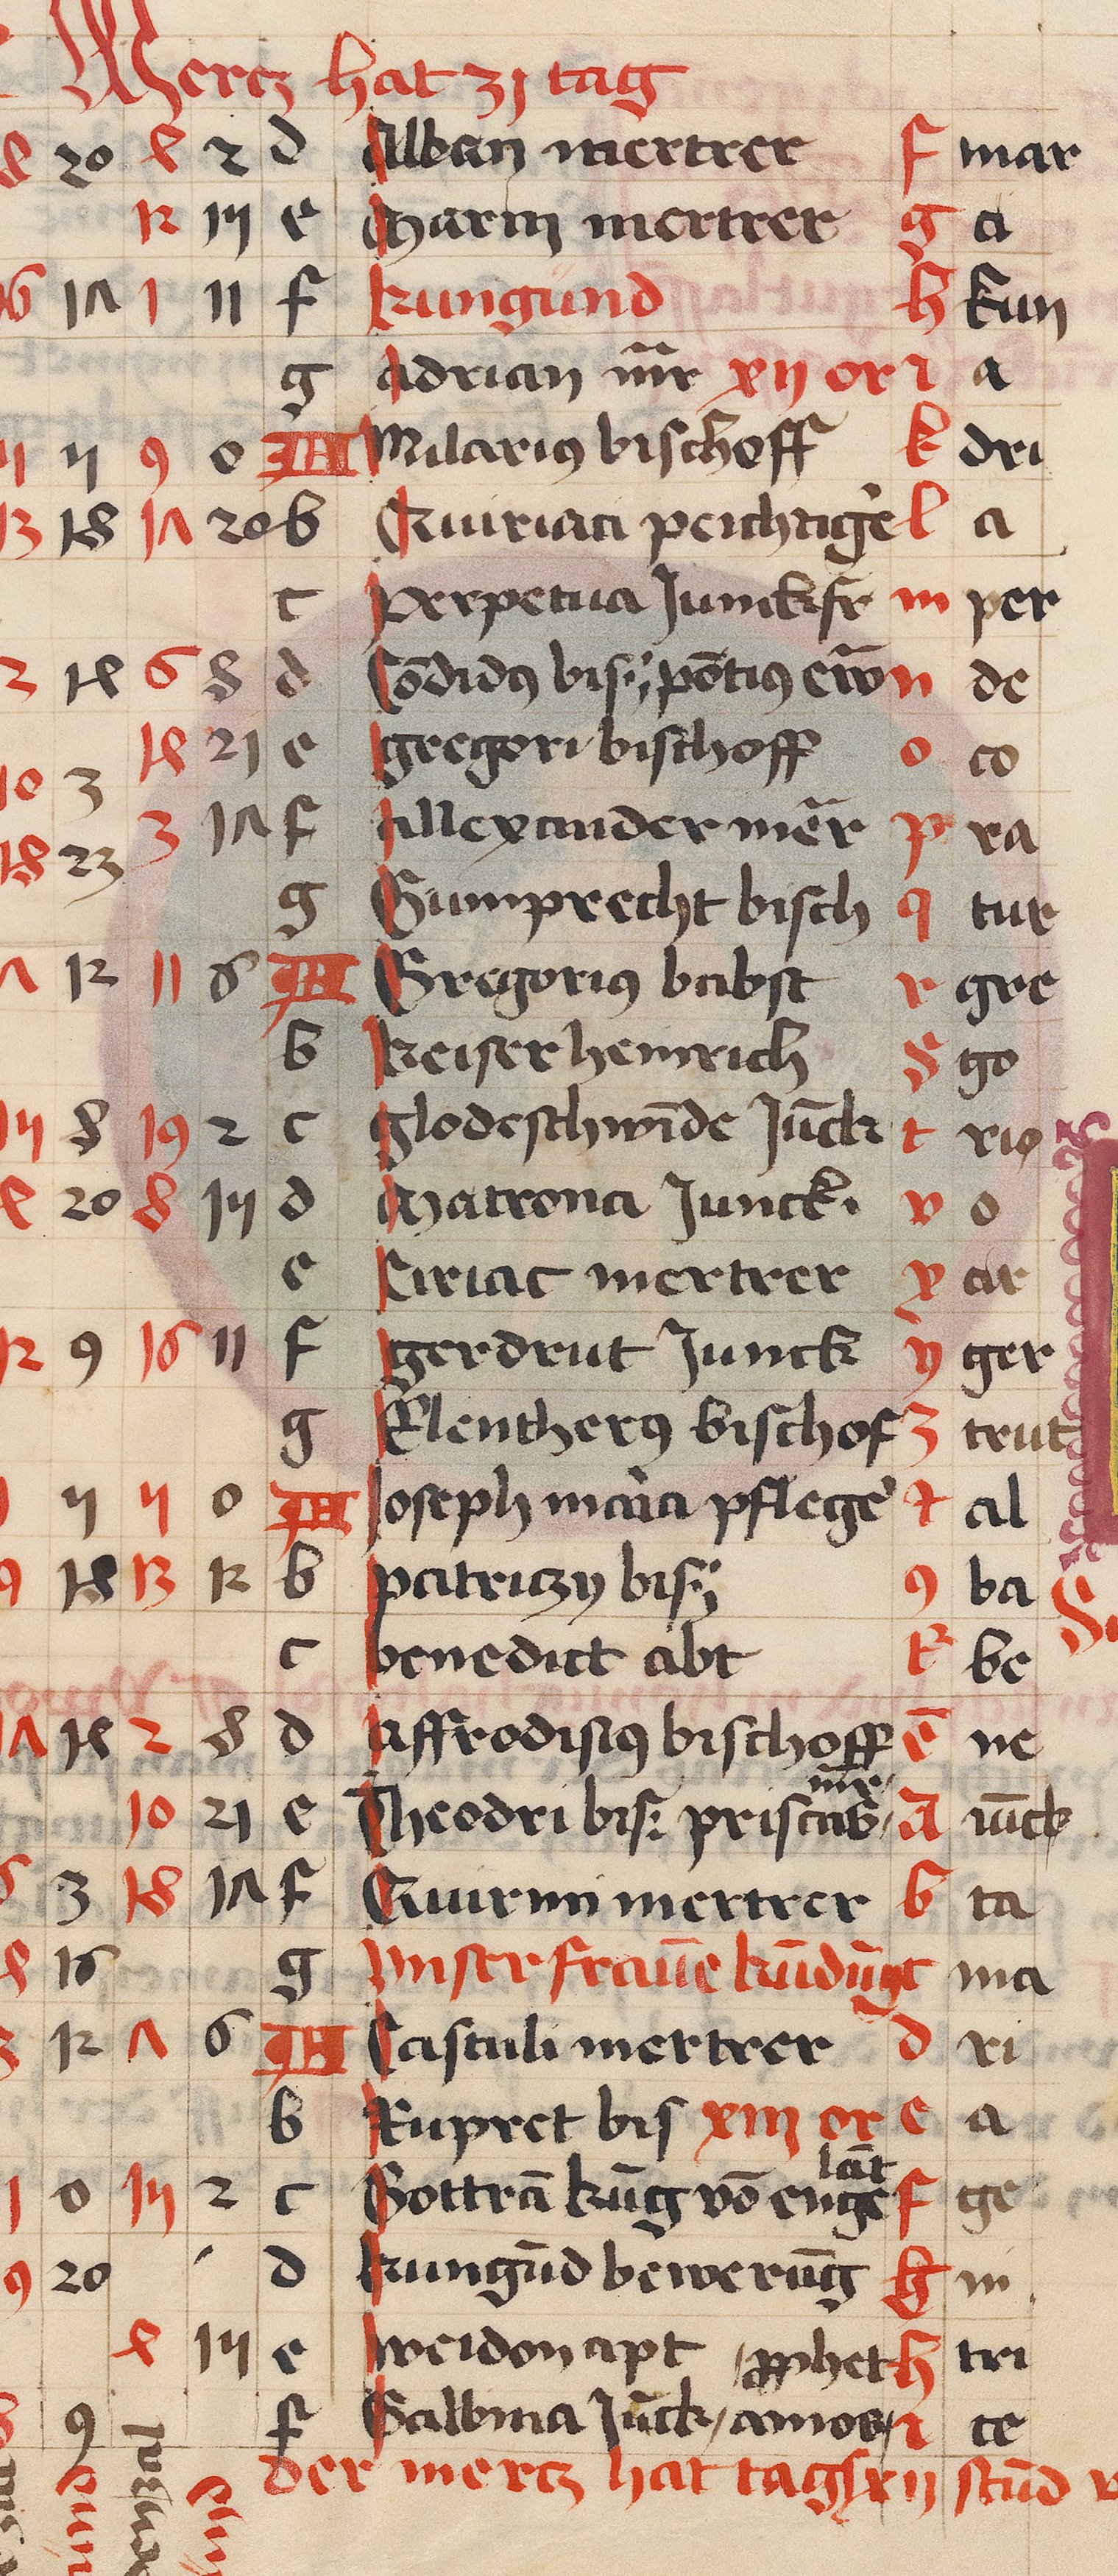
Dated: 1459–1471